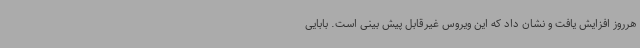
هرروز افزایش یافت و نشان داد که این ویروس غیرقابل پیش بینی است. بابایی